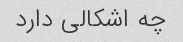
چه اشکالی دارد